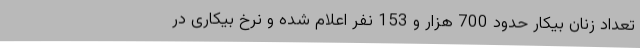
تعداد زنان بیکار حدود 700 هزار و 153 نفر اعلام شده و نرخ بیکاری در